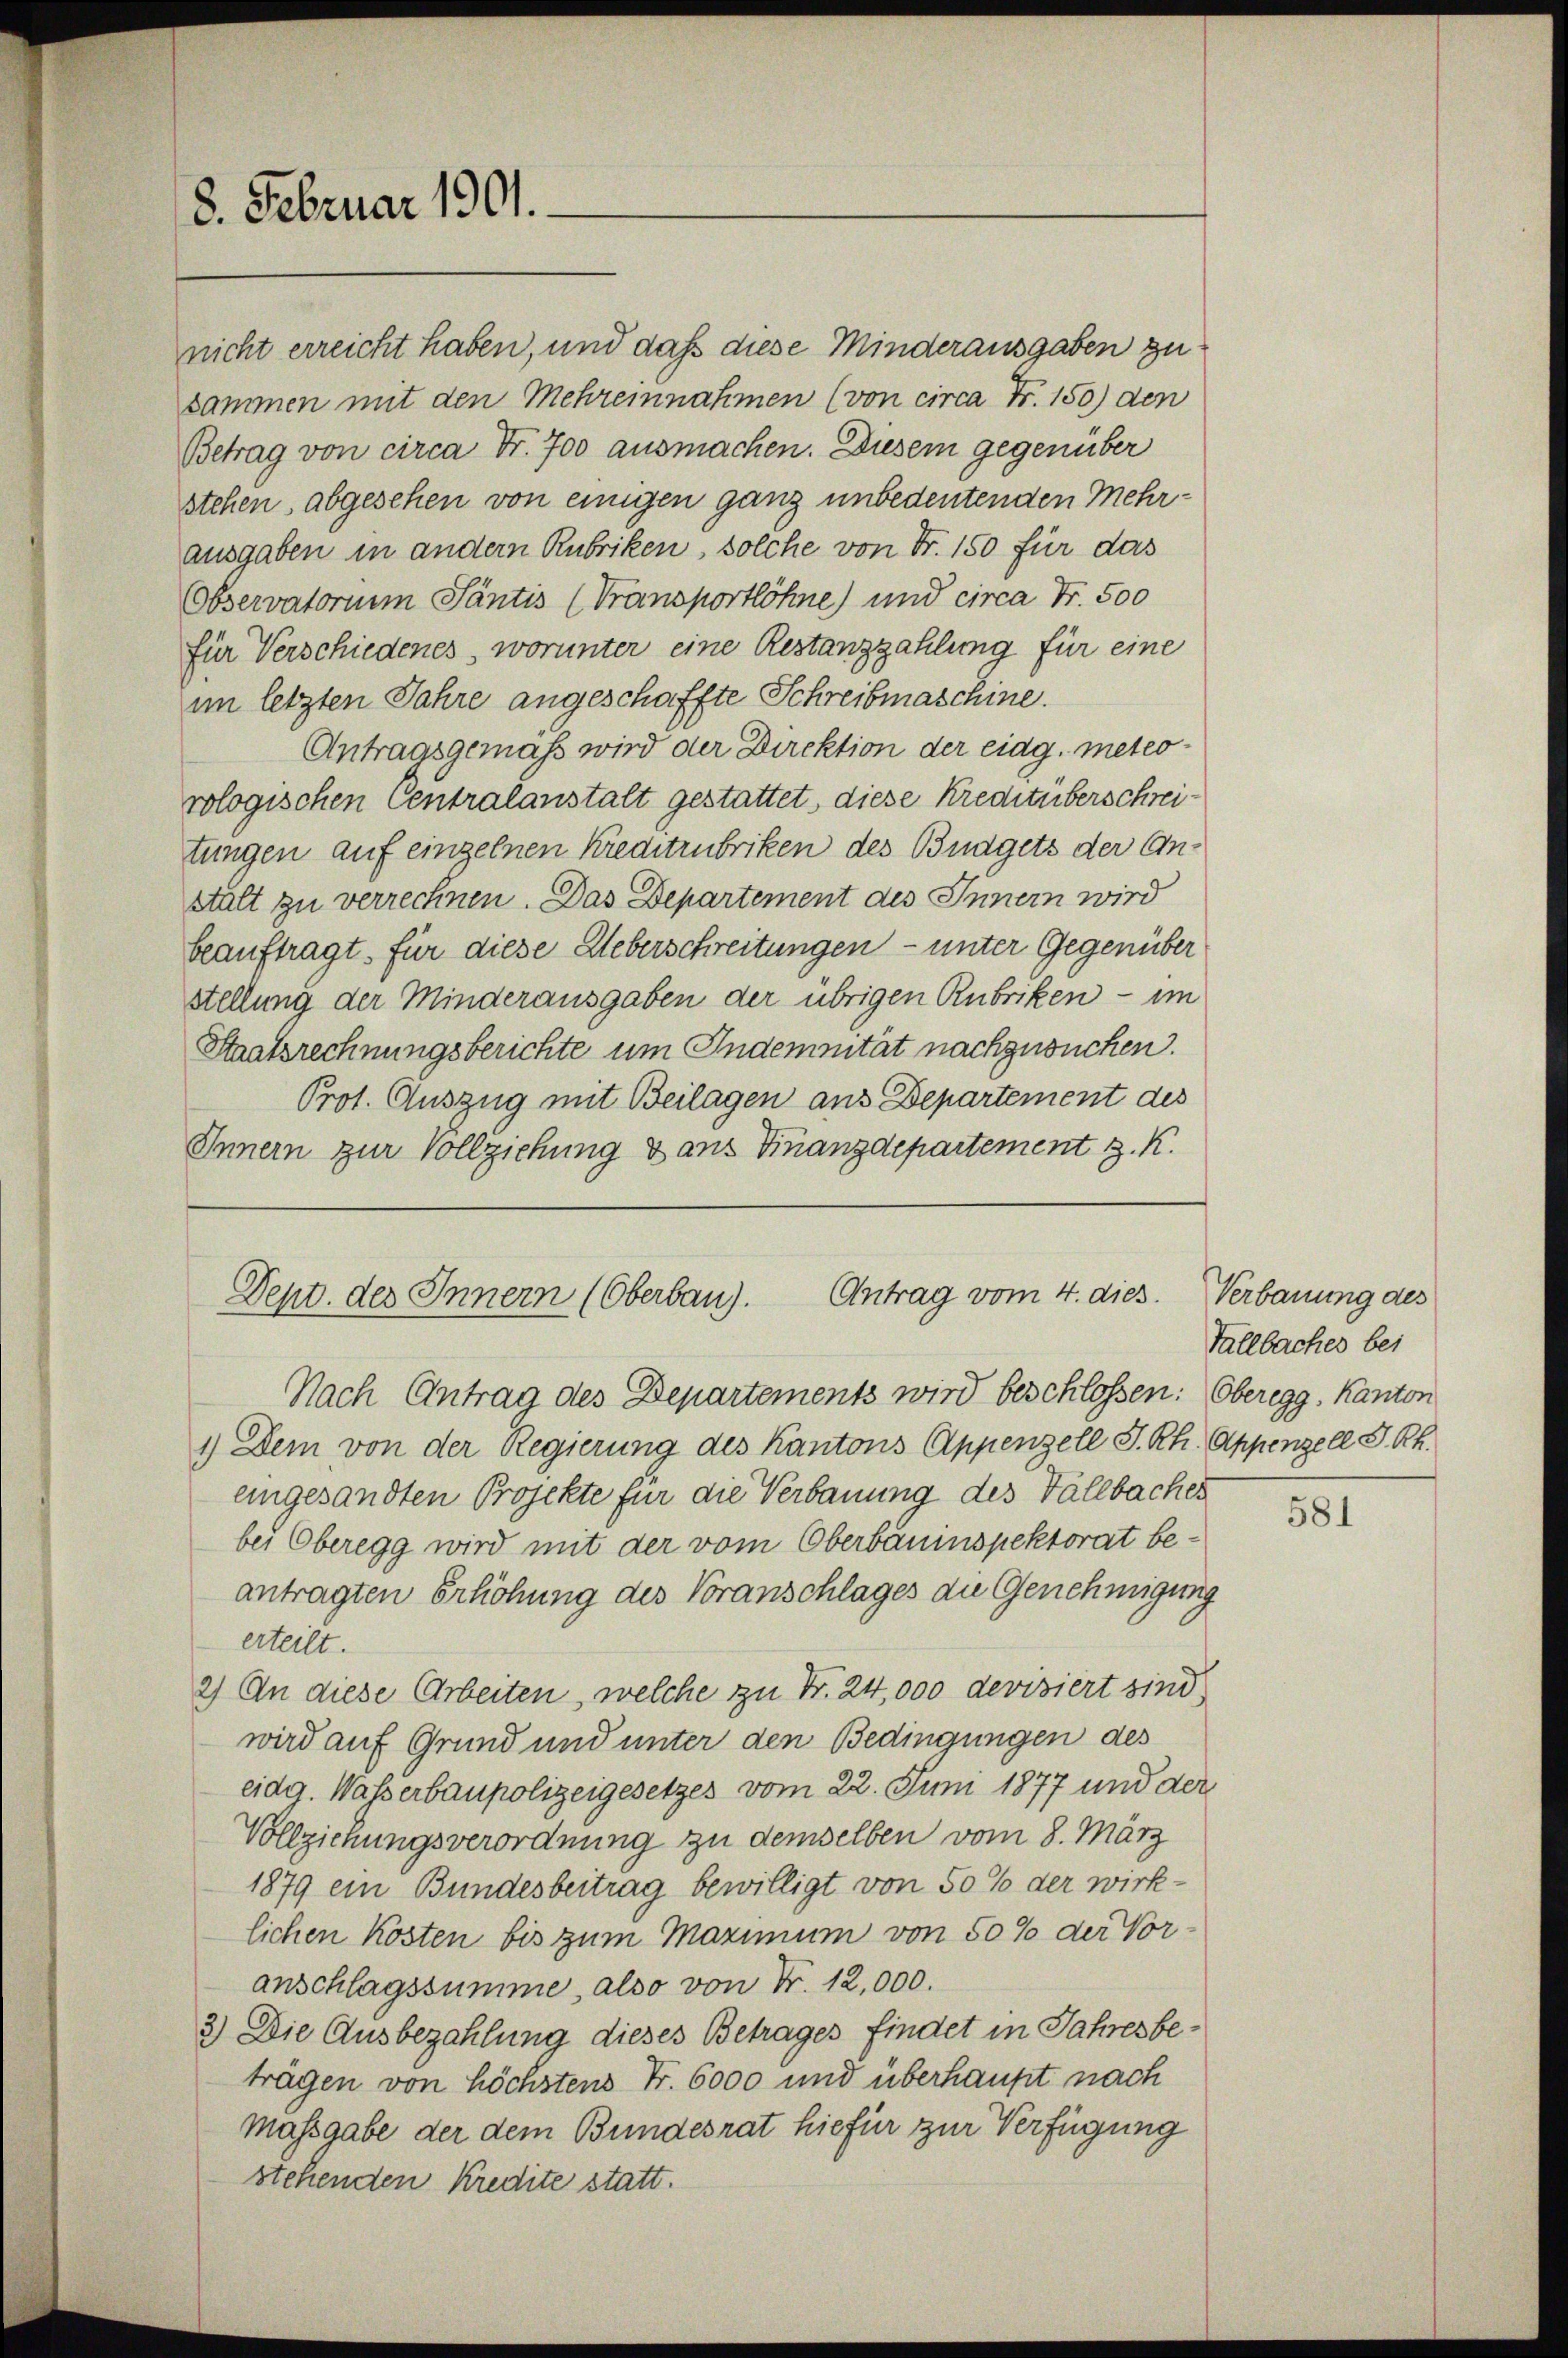
8. Februar 1901.

nicht erreicht haben, und daß diese Minderausgaben zu
sammen mit den Mehreinnahmen (von circa Fr. 150) den
Betrag von circa Fr. 700 ausmachen. Diesem gegenüber
stehen, abgesehen von einigen ganz unbedeutenden Mehrausgaben in andern Rubriken, solche von Fr. 150 für das
Observatorium Santis (Transportlöhne) und circa Fr. 500
für Verschiedenes, worunter eine Restanzzahlung für eine
im letzten Jahre angeschaffte Schreibmaschine.
Antragsgemäss wird der Direktion der eidg. meteorologischen Centralanstalt gestattet, diese Kreditüberschreitungen auf einzelnen Kreditrubriken des Budgets der Anstalt zu verrechnen. Das Departement des Innern wird
beauftragt. für diese Ueberschreitungen – unter Gegenüber
stellung der Minderausgaben der übrigen Rubriken - im
Staatsrechnungsberichte um Indemnität nachzusuchen.
Prot. Auszug mit Beilagen aus Departement des
Innern zur Vollziehung dans Finanzdepartement z. K.

Dept. des Innern (Oberbau). Antrag vom 4. dies
Nach Antrag des Departements wird beschlossen: Oberegg, Kanton

1.) Dem von der Regierung des Kantons Appenzell I.Rh. Appenzell S. Rh.
eingesandten Projekte für die Verbauung des Vallbacher
bei Oberegg wird mit der vom Oberbauinspektorat beantragten Erhöhung des Voranschlages die Genehmigung
erteilt.
2) An diese Arbeiten, welche zu Fr. 24,000 devisiert sind
wird auf Grund und unter den Bedingungen des
eidg. Wasserbaupolizeigesetzes vom 22. Juni 1877 und der
Vollziehungsverordnung zu demselben vom 8. März
1879 ein Bundesbeitrag bewilligt von 50 % der wirklichen Kösten bis zum Maximum von 50% der Voranschlagssumme, also von Nr. 12,000.
3) Die Ausbezahlung dieses Betrages findet in Jahresbeträgen von höchstens Fr. 6000 und überhaupt nach
massgabe der dem Bundesrat hiefür zur Verfügung
stehenden Kredite statt.

Verbauung des
Tallbaches bei

581